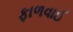
ફાળવાઈ